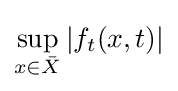
\sup _{x\in {\bar {X}}}|f_{t}(x,t)|